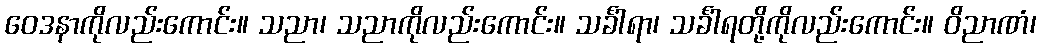
ဝေဒနာကိုလည်းကောင်း။ သညာ၊ သညာကိုလည်းကောင်း။ သင်္ခါရာ၊ သင်္ခါရတို့ကိုလည်းကောင်း။ ဝိညာဏံ၊